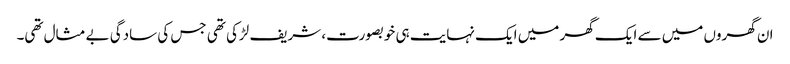
ان گھروں میں سے ایک گھر میں ایک نہایت ہی خوبصورت، شریف لڑکی تھی جس کی سادگی بے مثال تھی۔